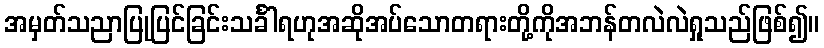
အမှတ်သညာပြုပြင်ခြင်းသင်္ခါရဟုအဆိုအပ်သောတရားတို့ကိုအဘန်တလဲလဲရှုသည်ဖြစ်၍။